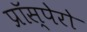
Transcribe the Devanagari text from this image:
प्रॉस्पेरो